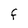
Character: F